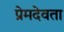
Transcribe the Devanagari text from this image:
प्रेमदेवता